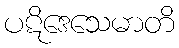
ပဋိဒေသေမာတိ